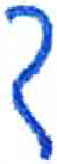
אות: ך